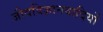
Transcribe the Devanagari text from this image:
जीवविज्ञानवादियों